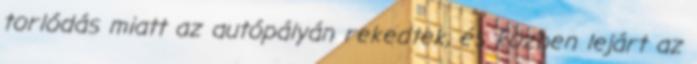
torlódás miatt az autópályán rekedtek, és közben lejárt az